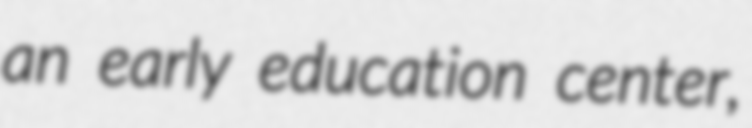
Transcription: an early education center,